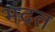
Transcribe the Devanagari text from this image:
भंदत